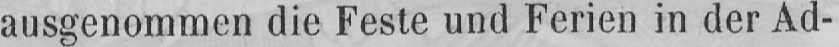
ausgenommen die Feste und Ferien in der Ad-